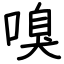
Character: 嗅